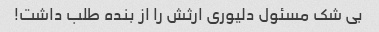
بی شک مسئول دلیوری ارثش را از بنده طلب داشت!